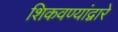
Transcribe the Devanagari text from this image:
शिकवण्यांद्वारे